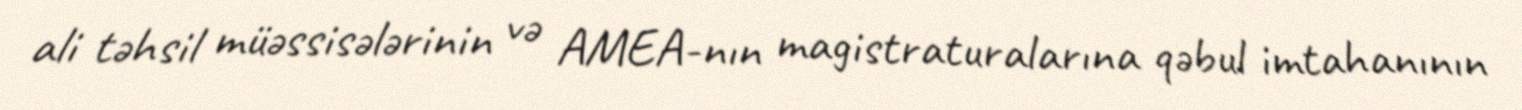
ali təhsil müəssisələrinin və AMEA-nın magistraturalarına qəbul imtahanının